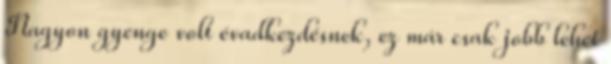
Nagyon gyenge volt évadkezdésnek, ez már csak jobb lehet